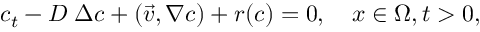
c _ { t } - D \; \Delta c + ( \vec { v } , \nabla c ) + r ( c ) = 0 , \quad x \in \Omega , t > 0 ,